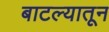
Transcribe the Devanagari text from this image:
बाटल्यातून